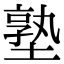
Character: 塾